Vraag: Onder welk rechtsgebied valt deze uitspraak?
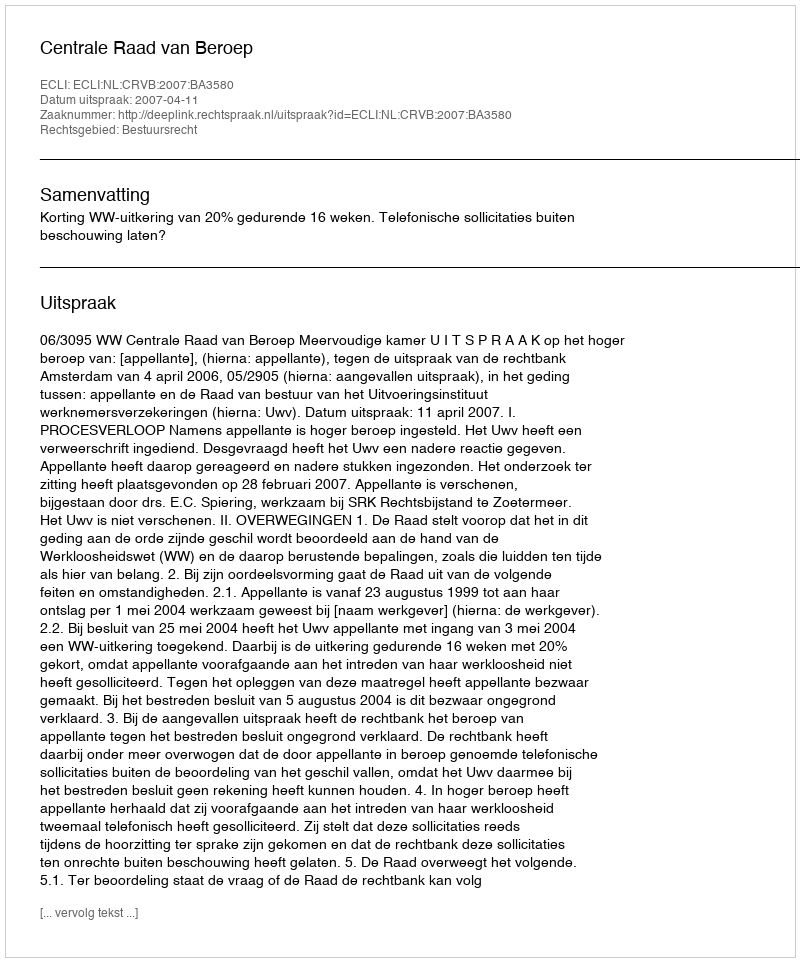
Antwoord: Bestuursrecht